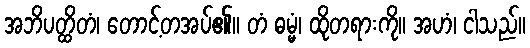
အဘိပတ္ထိတံ၊ တောင့်တအပ်၏။ တံ ဓမ္မံ၊ ထိုတရားကို။ အဟံ၊ ငါသည်။